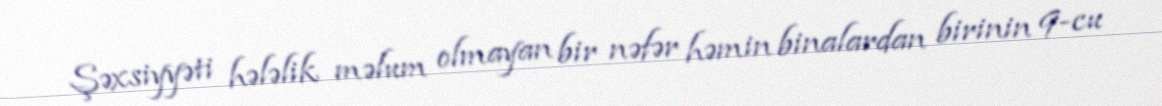
Şəxsiyyəti hələlik məlum olmayan bir nəfər həmin binalardan birinin 9-cu